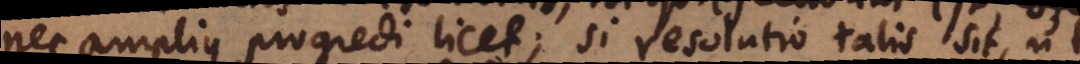
nec amplius progredi licet; si resolutio talis sit, ut